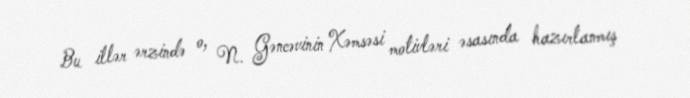
Bu illər ərzində o, N. Gəncəvinin Xəmsəsi motivləri əsasında hazırlanmış